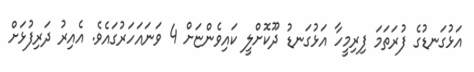
އަޅުގަނޑުގެ ފުރަތަމަ ފިރިމީހާ އަޅުގަނޑު ދޫކޮށްލީ ކައިވެންޏަށް 4 ވަނައަހަރުގައެވެ. އެއިރު ދަރިފުޅަށް